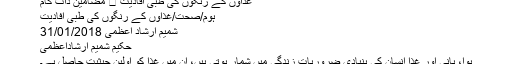
غذاؤں کے رنگوں کی طبی افادیت ⋆ مضامین ڈاٹ کام
ہوم/صحت/غذاؤں کے رنگوں کی طبی افادیت
شمیم ارشاد اعظمی 31/01/2018
حکیم شمیم ارشاداعظمی
ہوا، پانی اور غذا انسان کی بنیادی ضروریات زندگی میں شمار ہوتی ہیں، ان میں غذا کو اولین حیثیت حاصل ہے۔